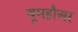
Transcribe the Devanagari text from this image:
बूमहौअर